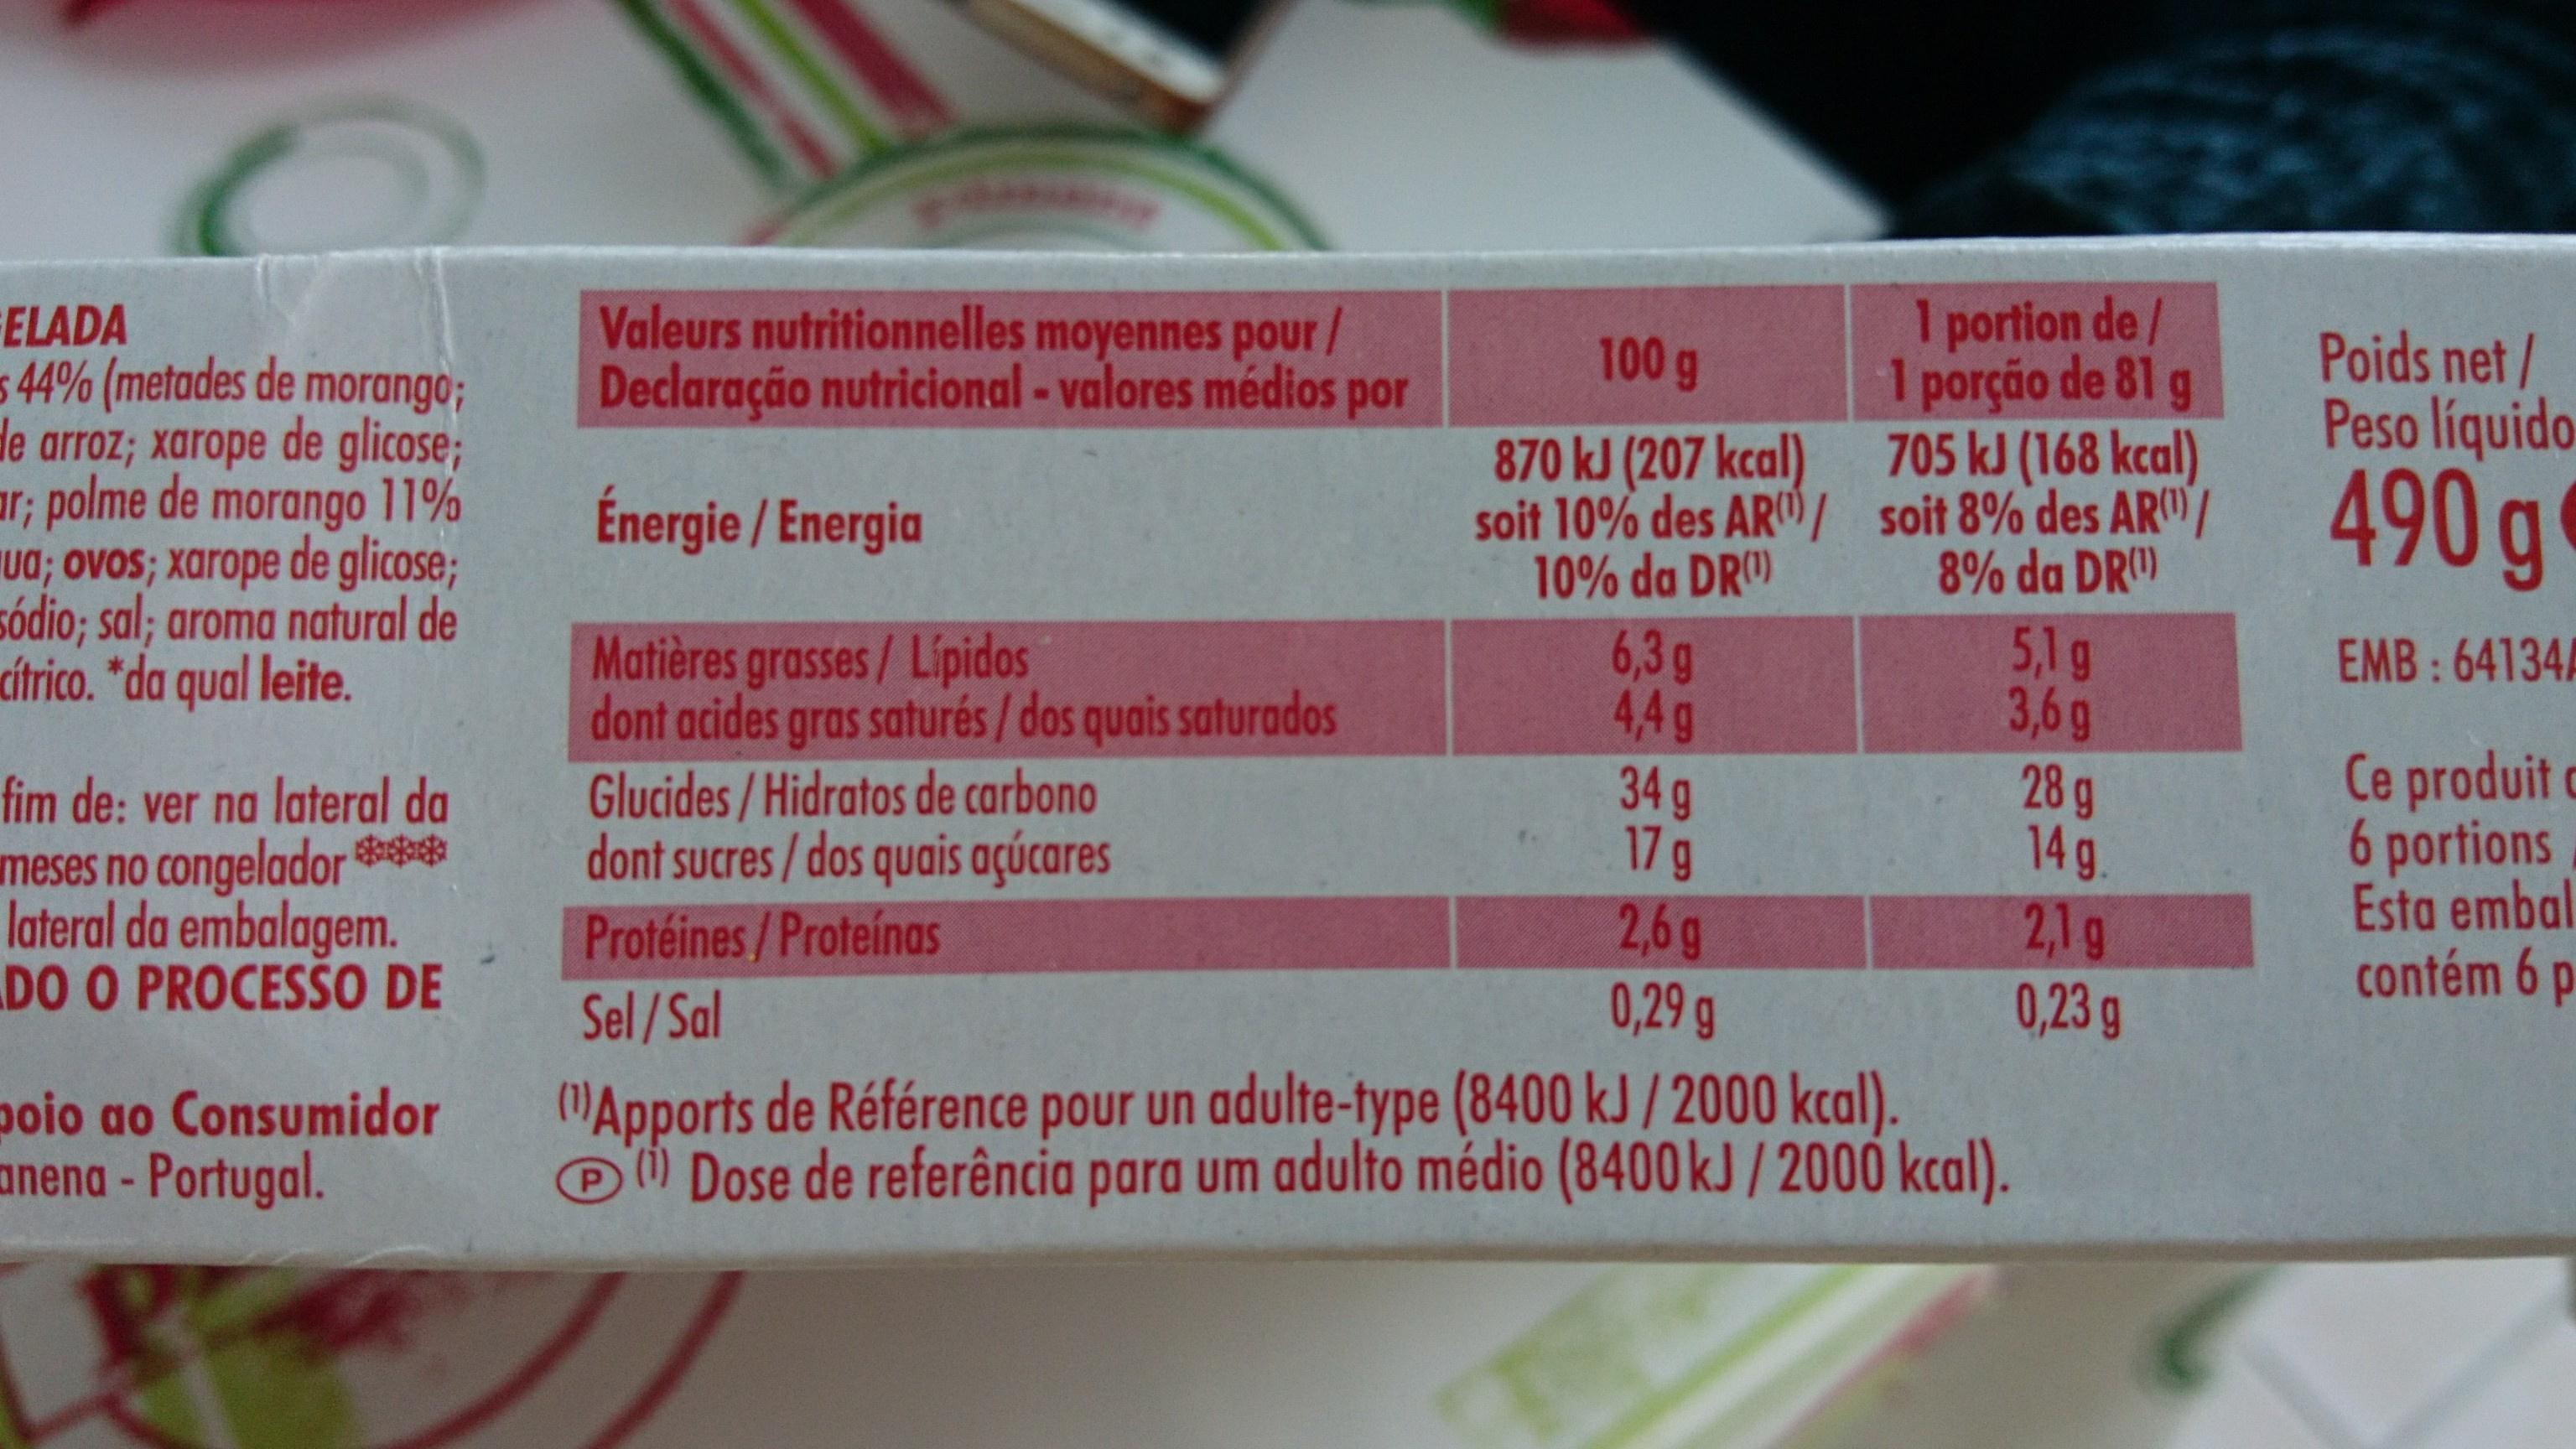
FELADA 5 44% (metades de morango; de arroz; xarope de glicose; ar; polme de morango 11% ua; ovos; xarope de glicose; sódio; sal; aroma natural de cítrico. *da qual leite.
fim de: ver na lateral da meses no congelador *** lateral da embalagem. DO O PROCESSO DE
poio ao Consumidor anena - Portugal.
Valeurs nutritionnelles moyennes pour/ Declaração nutricional - valores médios por
Énergie / Energia
Matières grasses / Lípidos
dont acides gras saturés/ dos quais saturados
Glucides/Hidratos de carbono dont sucres/dos quais açúcares Protéines/Proteínas
100 g
870 kJ (207 kcal) soit 10% des AR/ 10% da DR(¹)
P
6,3 g
4,4g
34 g
17 g
2,6g
0,29 g
portion de / 1 porção de 81 g 705 kJ (168 kcal) soit 8% des AR 8% da DR(1)
5,1 g
3,6 g
Sel/Sal
(Apports de Référence pour un adulte-type (8400 kJ/2000 kcal). Dose de referência para um adulto médio (8400 kJ/2000 kcal).
28 g
14 g
2,1 g
0,23 g
Poids net/ Peso líquido
490 g
EMB: 64134A
Ce produit c
6 portions
Esta embal
contém 6 p